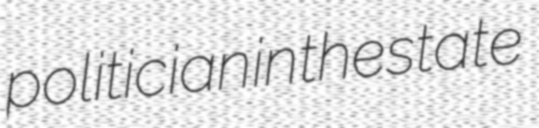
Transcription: politician in the state